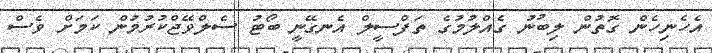
އެހެނިހެން ގޮތުން ލިބުނު ގެއްލުމުގެ ތަފްސީލް އެނގޭނީ ބޯޓު ސެލްވޭޖްކުރުމުން ކަމަށް ވެސް